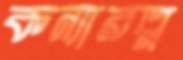
কন্যারত্ন